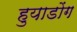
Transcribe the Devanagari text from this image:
हुयाडोंग